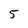
Character: 5